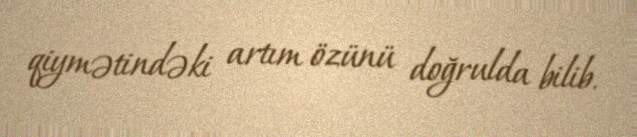
qiymətindəki artım özünü doğrulda bilib.